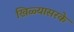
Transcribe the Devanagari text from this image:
खिळ्यासरके